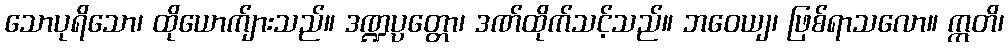
သောပုရိသော၊ ထိုယောက်ျားသည်။ ဒဏ္ဍပ္ပတ္တော၊ ဒဏ်ထိုက်သင့်သည်။ ဘဝေယျ၊ ဖြစ်ရာသလော။ ဣတိ၊